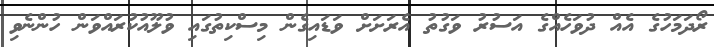
ރޯދަމަހުގެ އެއް ދުވަހެއްގެ އަސުރު ވަގުތު އެރަށަށް ވަޑައިގެން މިސްކިތުގައި ވުލޫއުކުރައްވަން ހުންނެވި